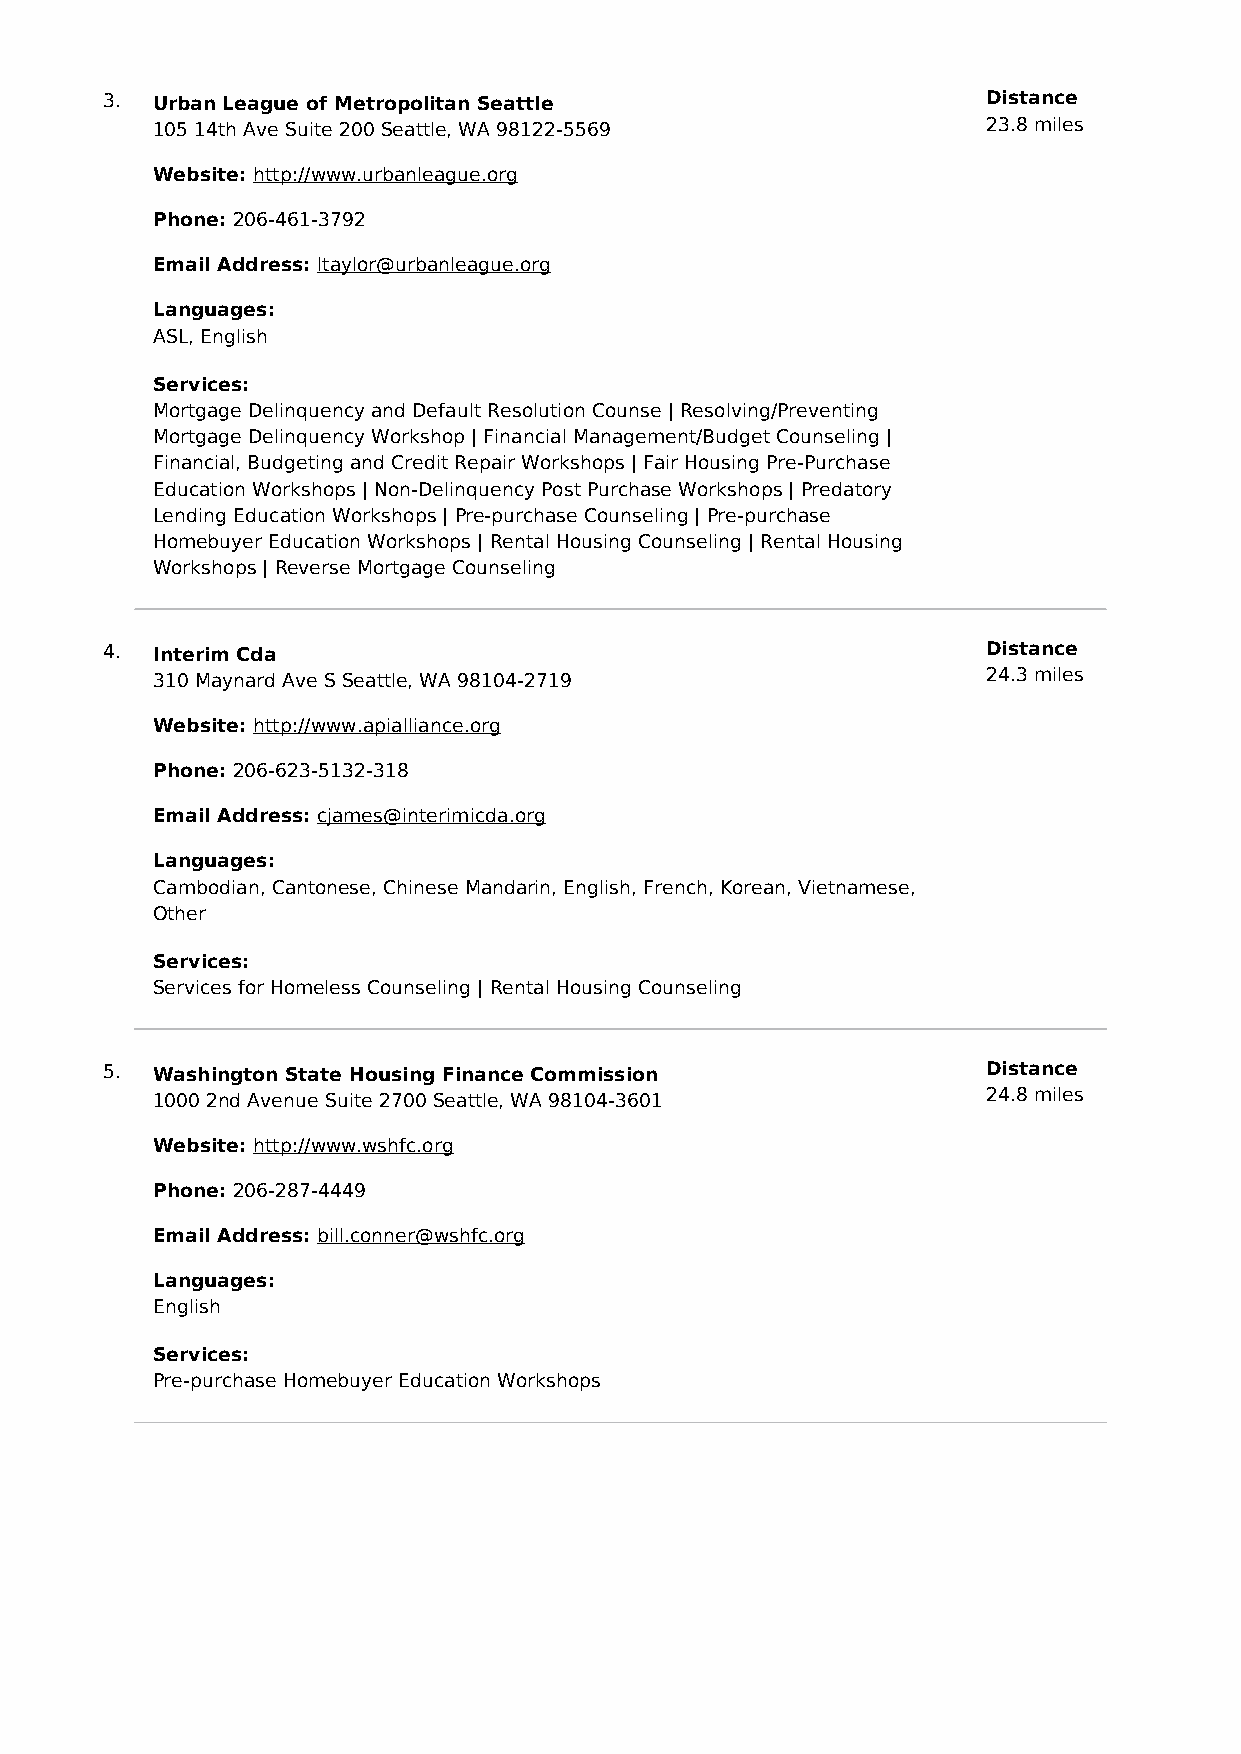
3. Urban League of Metropolitan Seattle                   Distance
 105 14th Ave Suite 200 Seattle, WA 98122-5569          23.8 miles
 Website: http://www.urbanleague.org
 Phone: 206-461-3792
 Email Address: ltaylor@urbanleague.org
 Languages:
 ASL, English
 Services:
 Mortgage Delinquency and Default Resolution Counse | Resolving/Preventing
 Mortgage Delinquency Workshop | Financial Management/Budget Counseling |
 Financial, Budgeting and Credit Repair Workshops | Fair Housing Pre-Purchase
 Education Workshops | Non-Delinquency Post Purchase Workshops | Predatory
 Lending Education Workshops | Pre-purchase Counseling | Pre-purchase
 Homebuyer Education Workshops | Rental Housing Counseling | Rental Housing
 Workshops | Reverse Mortgage Counseling
 4. Interim Cda                                            Distance
 310 Maynard Ave S Seattle, WA 98104-2719               24.3 miles
 Website: http://www.apialliance.org
 Phone: 206-623-5132-318
 Email Address: cjames@interimicda.org
 Languages:
 Cambodian, Cantonese, Chinese Mandarin, English, French, Korean, Vietnamese,
 Other
 Services:
 Services for Homeless Counseling | Rental Housing Counseling
 5. Washington State Housing Finance Commission            Distance
 1000 2nd Avenue Suite 2700 Seattle, WA 98104-3601      24.8 miles
 Website: http://www.wshfc.org
 Phone: 206-287-4449
 Email Address: bill.conner@wshfc.org
 Languages:
 English
 Services:
 Pre-purchase Homebuyer Education Workshops